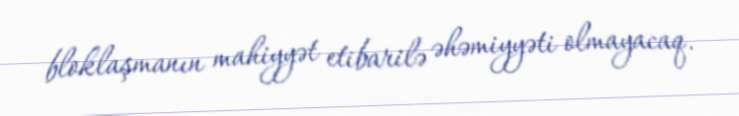
bloklaşmanın mahiyyət etibarilə əhəmiyyəti olmayacaq.